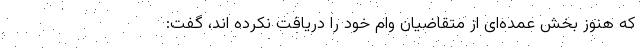
که هنوز بخش عمده‌ای از متقاضیان وام خود را دریافت نکرده اند، گفت: